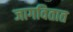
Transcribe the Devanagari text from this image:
जागवितात